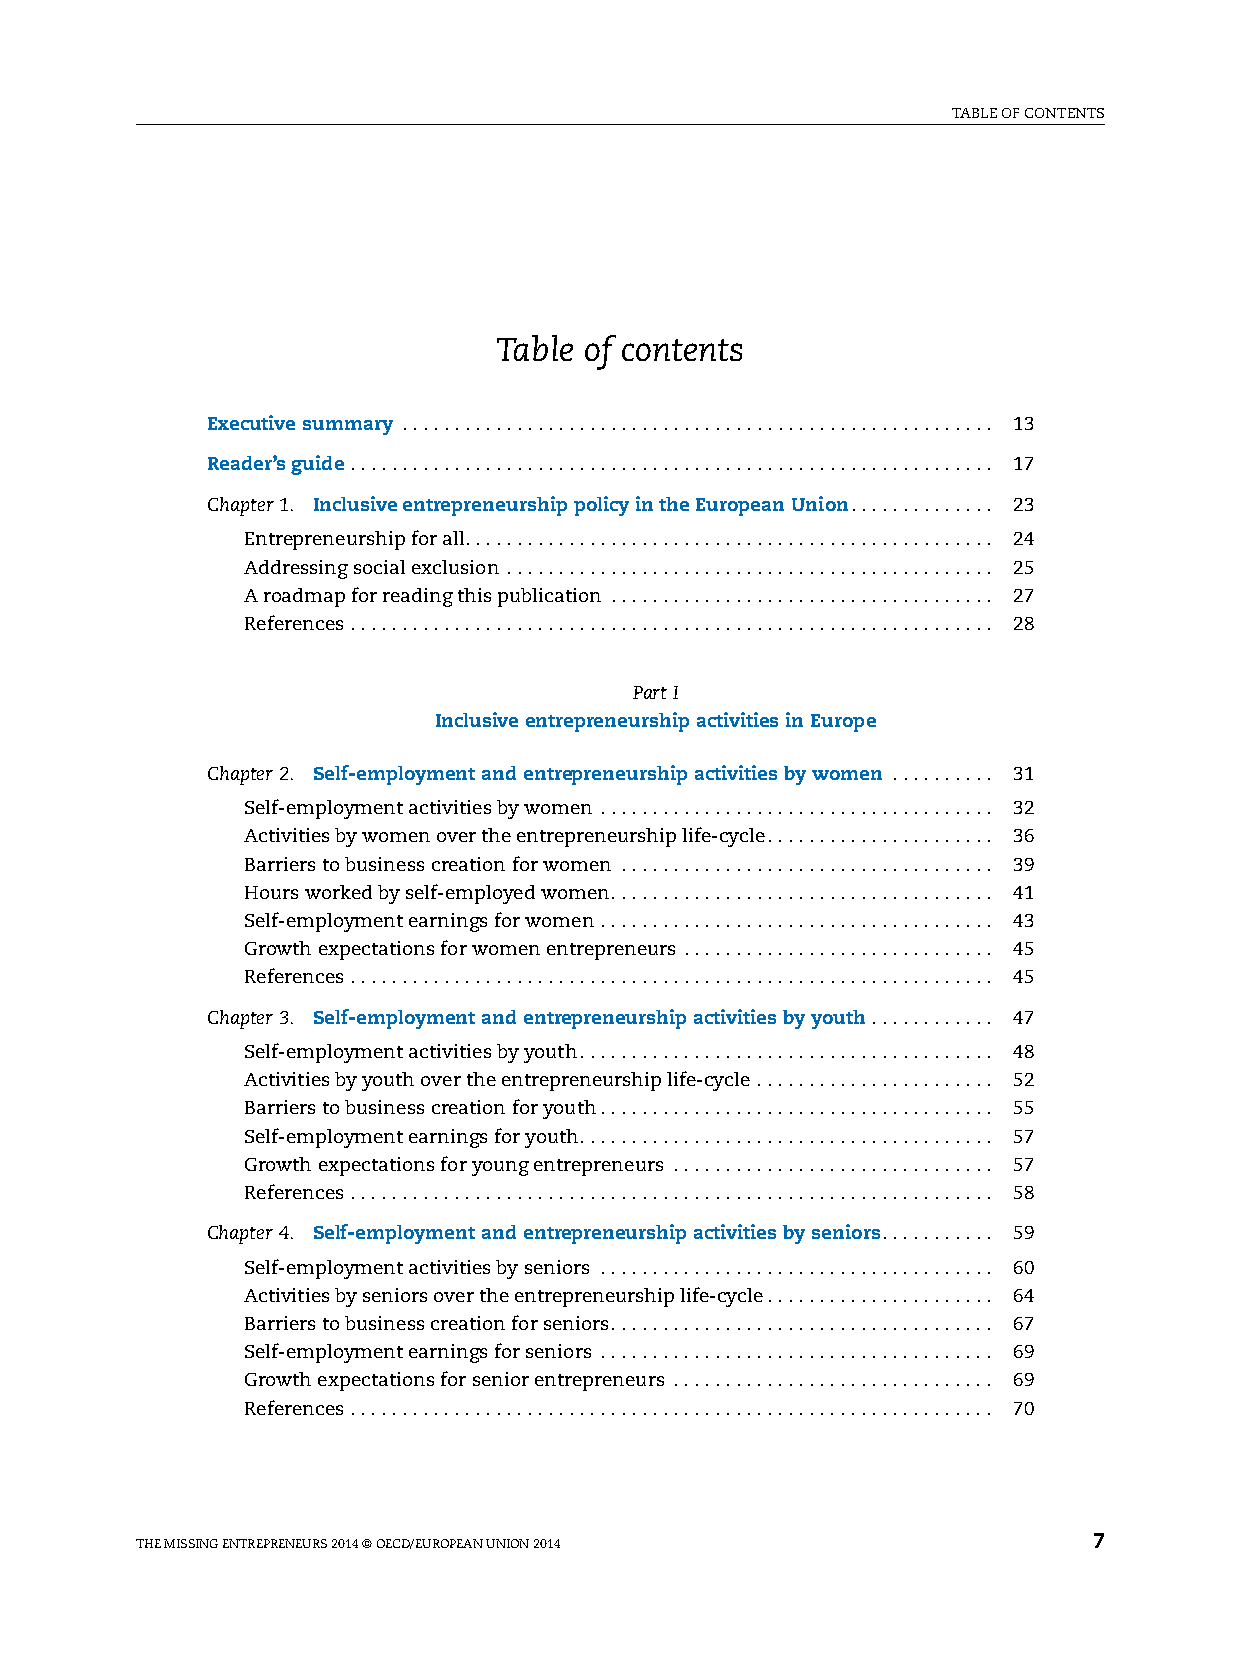
TaBLe Of cOnTenTs
 Table of contents
 Executive summary ......................................................... 13
 Reader’s guide .............................................................. 17
 Chapter 1. Inclusive entrepreneurship policy in the European Union.............. 23
 entrepreneurship for all................................................... 24
 addressing social exclusion ............................................... 25
 a roadmap for reading this publication ..................................... 27
 references .............................................................. 28
 Part I
 Inclusive entrepreneurship activities in Europe
 Chapter 2. Self-employment and entrepreneurship activities by women .......... 31
 self-employment activities by women ...................................... 32
 activities by women over the entrepreneurship life-cycle...................... 36
 Barriers to business creation for women .................................... 39
 hours worked by self-employed women..................................... 41
 self-employment earnings for women ...................................... 43
 growth expectations for women entrepreneurs .............................. 45
 references .............................................................. 45
 Chapter 3. Self-employment and entrepreneurship activities by youth . . . . . . . . . . . . 47
 self-employment activities by youth........................................ 48
 activities by youth over the entrepreneurship life-cycle ....................... 52
 Barriers to business creation for youth...................................... 55
 self-employment earnings for youth........................................ 57
 growth expectations for young entrepreneurs ............................... 57
 references .............................................................. 58
 Chapter 4. Self-employment and entrepreneurship activities by seniors........... 59
 self-employment activities by seniors ...................................... 60
 activities by seniors over the entrepreneurship life-cycle...................... 64
 Barriers to business creation for seniors..................................... 67
 self-employment earnings for seniors ...................................... 69
 growth expectations for senior entrepreneurs ............................... 69
 references .............................................................. 70
 The Missing enTrePreneurs 2014 © OecD/eurOPean uniOn 2014      7